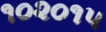
૧૦૨૦૧૫